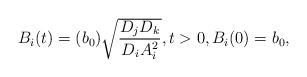
LaTeX: \begin{align*}\begin{array}{ll}B_i(t) = (b_0) \sqrt{\dfrac{D_j D_k}{D_i A_i^2}}, t >0, B_i(0)=b_0,\end{array}\end{align*}